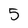
Character: 5